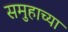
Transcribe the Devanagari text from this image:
समुहाच्या